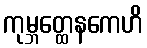
ကုမ္ဘတ္ထေနကေဟိ